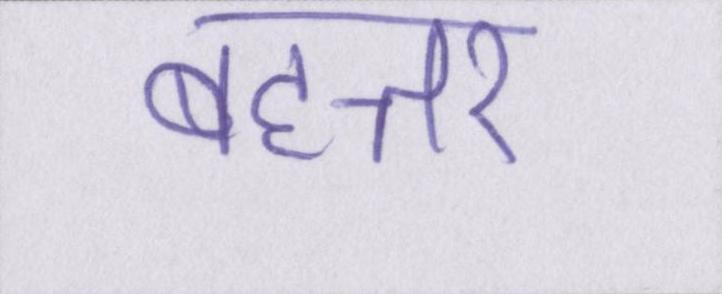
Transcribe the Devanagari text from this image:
बहत्तर